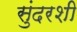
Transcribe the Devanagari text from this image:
सुंदरशी